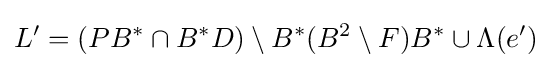
L'=(PB^{*}\cap B^{*}D)\setminus B^{*}(B^{2}\setminus F)B^{*}\cup \Lambda (e')